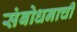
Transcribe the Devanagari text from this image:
संबोधनाची